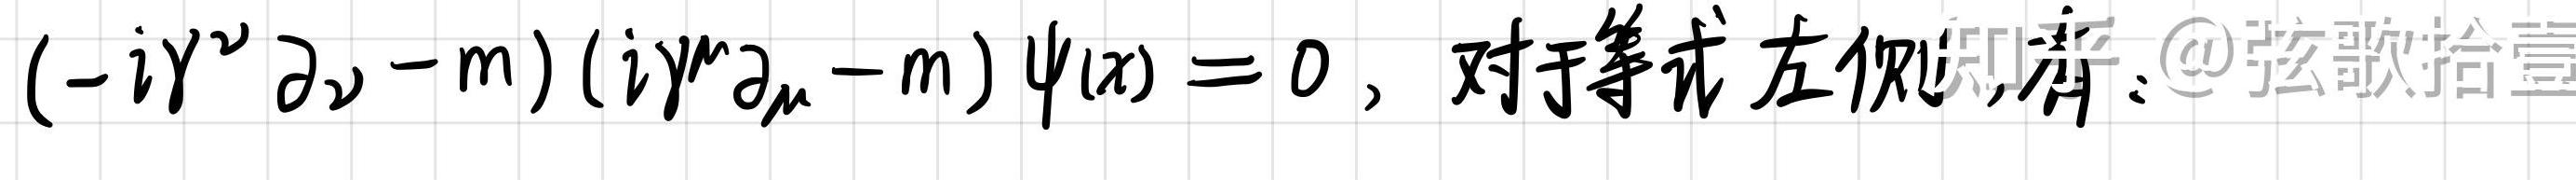
$(-i\gamma^{\nu}\partial_{\nu}-m)(i\gamma^{\mu}\partial_{\mu}-m)\psi(x)=0$，对于等式左侧展开：